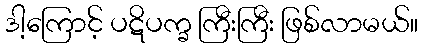
ဒါ့ကြောင့် ပဋိပက္ခ ကြီးကြီး ဖြစ်လာမယ်။